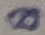
Text: 8